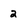
Character: 2